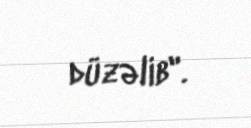
düzəlib".